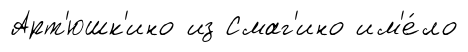
Арт'юшк'ино из Смаг'ино им'е́ло